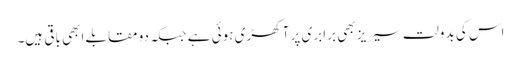
اس کی بدولت سیریز بھی برابری پر آ کھڑی ہوئی ہے جبکہ دو مقابلے ابھی باقی ہیں۔